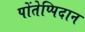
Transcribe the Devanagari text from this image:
पोंतेप्पिदान